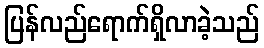
ပြန်လည်ရောက်ရှိလာခဲ့သည်